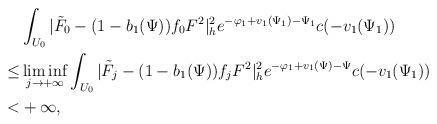
LaTeX: \begin{align*} &\int_{U_0}|\tilde{F}_0-(1-b_{1}(\Psi))f_0F^{2}|^2_he^{-\varphi_1+v_{1}(\Psi_1)-\Psi_1}c(-v_{1}(\Psi_1)) \\ \le & \liminf_{j\to+\infty} \int_{U_0}|\tilde{F}_j-(1-b_{1}(\Psi))f_jF^{2}|^2_he^{-\varphi_1+v_{1}(\Psi)-\Psi}c(-v_{1}(\Psi_1)) \\ < &+\infty, \end{align*}